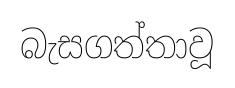
බැසගත්තාවූ